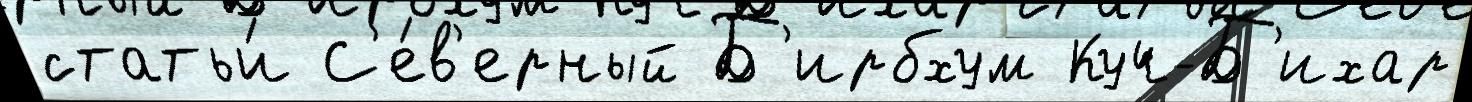
статьи́ С'е́в'ерный Б'ирбхум Куч-Б'ихар